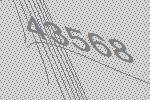
43568